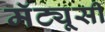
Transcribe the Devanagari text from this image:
मॅट्यूसी